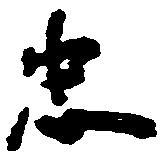
忠